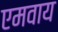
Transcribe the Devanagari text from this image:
एमवाय